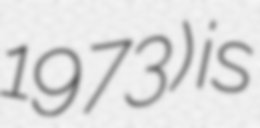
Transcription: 1973) is